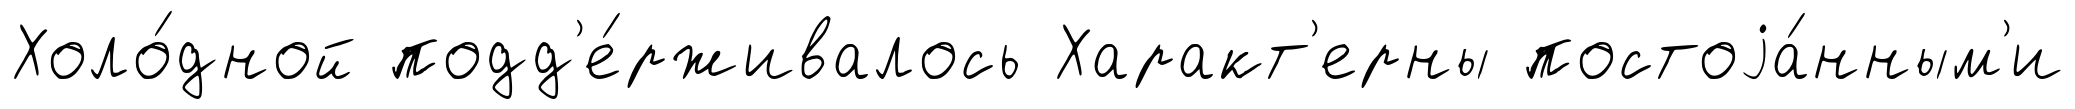
Холо́дной подд'е́рживалось Характ'ерны постоjа́нным'и